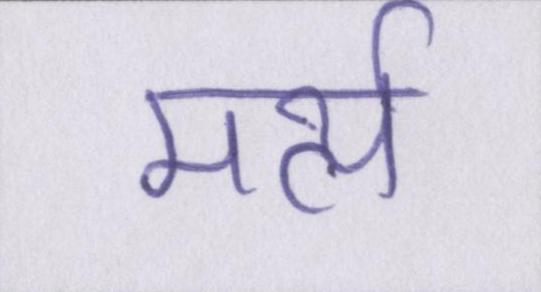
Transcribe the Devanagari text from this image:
मर्त्य